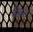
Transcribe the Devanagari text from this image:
बीवल